Annual report of the Imperial Bacteriological Laboratory, Muktesar
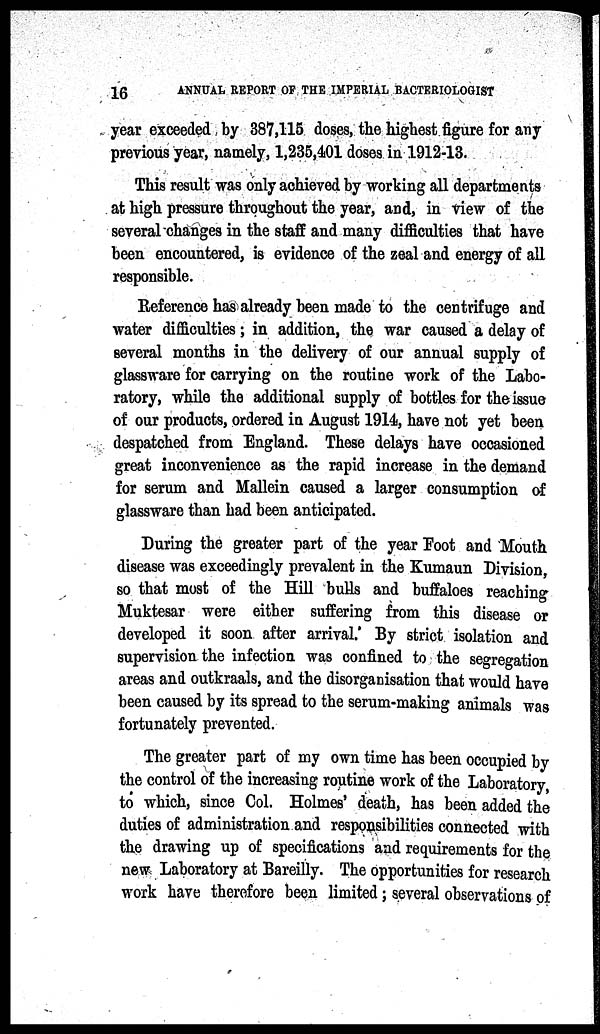
16
ANNUAL REPORT OF THE IMPERIAL BACTERIOLOGIST
year exceeded by 387,115 doses, the highest figure for any
previous year, namely, 1,235,401 doses in 1912-13.
This result was only achieved by working all departments
at high pressure throughout the year, and, in view of the
several changes in the staff and many difficulties that have
been encountered, is evidence of the zeal and energy of all
responsible.
Reference has already been made to the centrifuge and
water difficulties ; in addition, the war caused a delay of
several months in the delivery of our annual supply of
glassware for carrying on the routine work of the Labo-
ratory, while the additional supply of bottles for the issue
of our products, ordered in August 1914, have not yet been
despatched from England. These delays have occasioned
great inconvenience as the rapid increase in the demand
for serum and Mallein caused a larger consumption of
glassware than had been anticipated.
During the greater part of the year Foot and Mouth
disease was exceedingly prevalent in the Kumaun Division,
so that most of the Hill bulls and buffaloes reaching
Muktesar were either suffering from this disease or
developed it soon after arrival. By strict isolation and
supervision the infection was confined to the segregation
areas and outkraals, and the disorganisation that would have
been caused by its spread to the serum-making animals was
fortunately prevented.
The greater part of my own time has been occupied by
the control of the increasing routine work of the Laboratory,
to which, since Col. Holmes' death, has been added the
duties of administration and responsibilities connected with
the drawing up of specifications and requirements for the
new Laboratory at Bareilly. The opportunities for research
work have therefore been limited ; several observations of